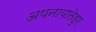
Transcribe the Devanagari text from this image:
अपनायातेहुए